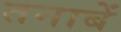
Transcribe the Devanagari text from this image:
तनाबें